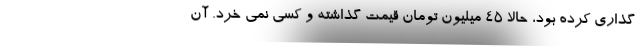
گذاری کرده بود، حالا ۴۵ میلیون تومان قیمت گذاشته و کسی نمی خرد. آن